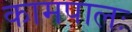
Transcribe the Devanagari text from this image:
कामपालः